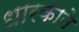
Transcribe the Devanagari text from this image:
धारकाने